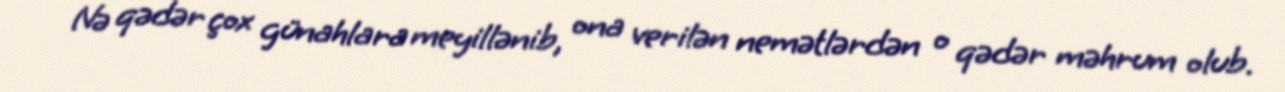
Nə qədər çox günahlara meyillənib, ona verilən nemətlərdən o qədər məhrum olub.